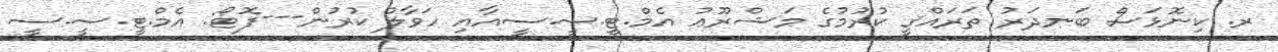
ރ. ކިނޮޅަސް ބަނދަރު ތަރައްޤީ ކުރުމުގެ މަޝްރޫޢު އެމް.ޓީ.ސީ.ސީއާއި ހަވާލު ކުރުން---ފޮޓޯ: އެމް.ޓީ.ސީ.ސީ